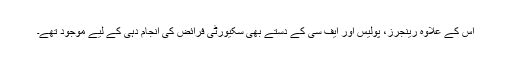
اس کے علاوہ رینجرز، پولیس اور ایف سی کے دستے بھی سکیورٹی فرائض کی انجام دہی کے لیے موجود تھے۔